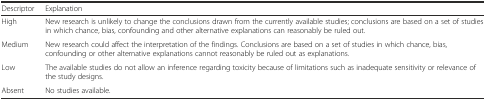
| Descriptor | Explanation |
 | --- | --- |
 | High | New research is unlikely to change the conclusions drawn from the currently available studies; conclusions are based on a set of studies in which chance, bias, confounding and other alternative explanations can reasonably be ruled out. |
 | Medium | New research could affect the interpretation of the findings. Conclusions are based on a set of studies in which chance, bias, confounding or other alternative explanations cannot reasonably be ruled out as explanations. |
 | Low | The available studies do not allow an inference regarding toxicity because of limitations such as inadequate sensitivity or relevance of the study designs. |
 | Absent | No studies available. |